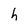
Character: h